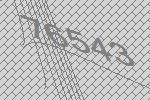
76543